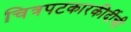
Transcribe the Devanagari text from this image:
चित्रपटकारकीर्दीची